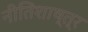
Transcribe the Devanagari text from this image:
नीतिशाष्त्र